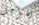
بمراحل